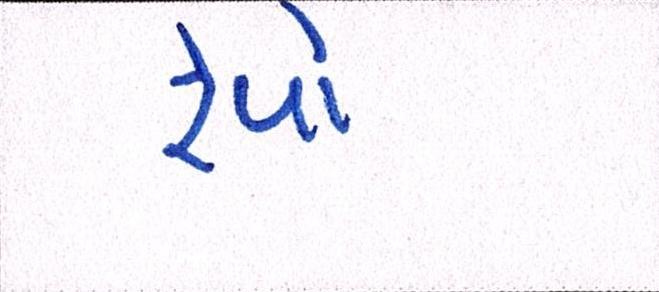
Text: રેપો